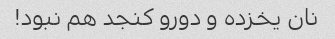
نان یخزده و دورو کنجد هم نبود!